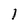
Character: 1